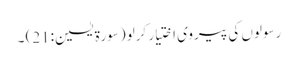
رسولوں کی پیروی اختیار کرلو (سورة یٰسین:21) ۔